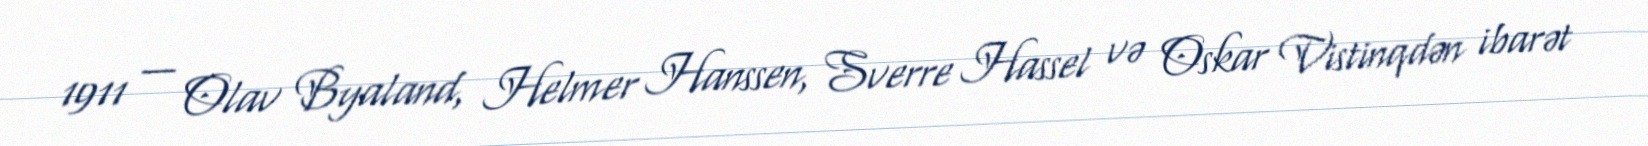
1911 — Olav Byaland, Helmer Hanssen, Sverre Hassel və Oskar Vistinqdən ibarət